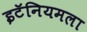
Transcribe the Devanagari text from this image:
इटॅनियमला